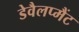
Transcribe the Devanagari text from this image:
डेवैलप्मैंट